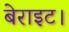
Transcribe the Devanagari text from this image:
बेराइट।